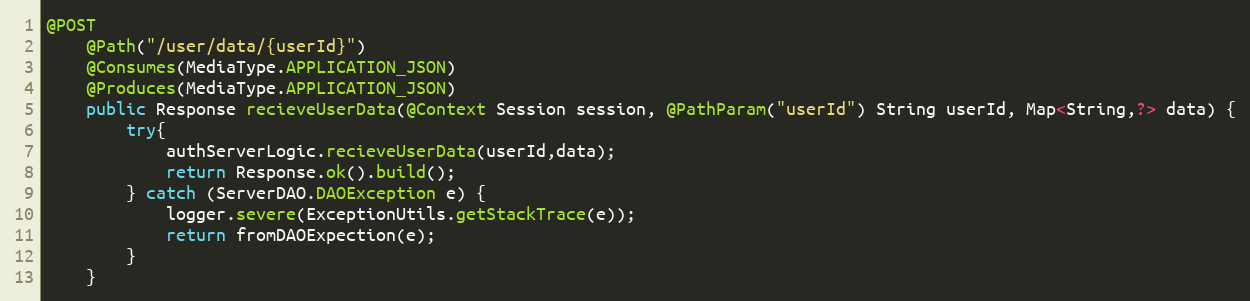
Language: Java
@POST
    @Path("/user/data/{userId}")
    @Consumes(MediaType.APPLICATION_JSON)
    @Produces(MediaType.APPLICATION_JSON)
    public Response recieveUserData(@Context Session session, @PathParam("userId") String userId, Map<String,?> data) {
        try{
            authServerLogic.recieveUserData(userId,data);
            return Response.ok().build();
        } catch (ServerDAO.DAOException e) {
            logger.severe(ExceptionUtils.getStackTrace(e));
            return fromDAOExpection(e);
        }
    }